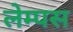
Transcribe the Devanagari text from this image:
लेम्पस